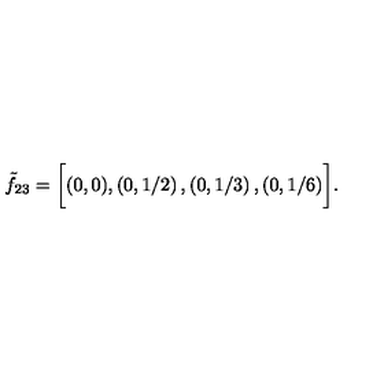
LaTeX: \tilde { f } _ { 2 3 } = \biggl [ ( 0 , 0 ) , \left( 0 , 1 / 2 \right) , \left( 0 , 1 / 3 \right) , \left( 0 , 1 / 6 \right) \biggr ] .